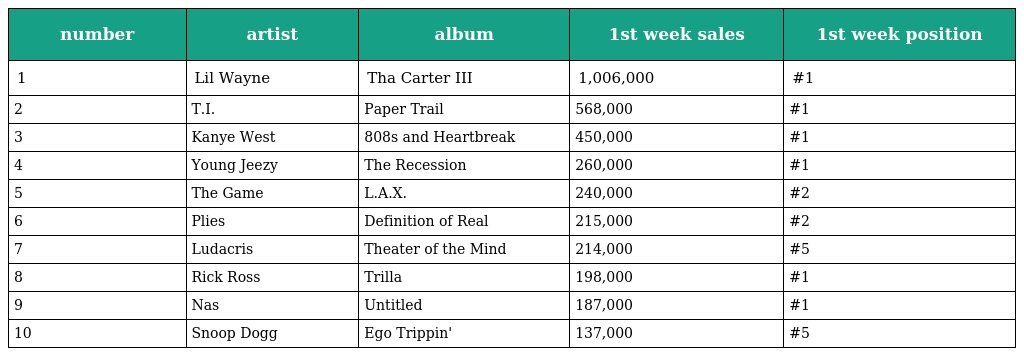
| number | artist | album | 1st week sales | 1st week position |
 | --- | --- | --- | --- | --- |
 | 1 | Lil Wayne | Tha Carter III | 1,006,000 | #1 |
 | 2 | T.I. | Paper Trail | 568,000 | #1 |
 | 3 | Kanye West | 808s and Heartbreak | 450,000 | #1 |
 | 4 | Young Jeezy | The Recession | 260,000 | #1 |
 | 5 | The Game | L.A.X. | 240,000 | #2 |
 | 6 | Plies | Definition of Real | 215,000 | #2 |
 | 7 | Ludacris | Theater of the Mind | 214,000 | #5 |
 | 8 | Rick Ross | Trilla | 198,000 | #1 |
 | 9 | Nas | Untitled | 187,000 | #1 |
 | 10 | Snoop Dogg | Ego Trippin' | 137,000 | #5 |